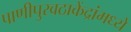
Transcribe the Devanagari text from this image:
पाणीपुरवठाकेंद्रांमध्ये